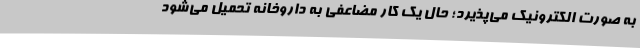
به صورت الکترونیک می‌پذیرد؛ حال یک کار مضاعفی به داروخانه تحمیل می‌شود